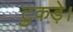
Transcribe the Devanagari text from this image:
टुकड़े।